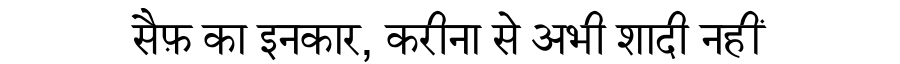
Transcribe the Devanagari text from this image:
सैफ़ का इनकार, करीना से अभी शादी नहीं